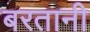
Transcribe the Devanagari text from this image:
बरतानी